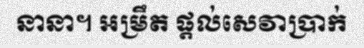
នានា។ អម្រឹត ផ្តល់សេវាប្រាក់